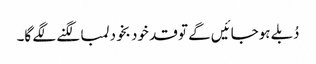
دُبلے ہوجائیں گے تو قد خود بخود لمبا لگنے لگے گا۔